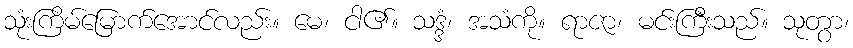
သုံးကြိမ်မြောက်အောင်လည်း။ မေ၊ ငါ၏။ သဒ္ဒံ၊ အသံကို။ ရာဇာ၊ မင်းကြီးသည်။ သုတွာ၊